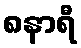
၈နာရီ